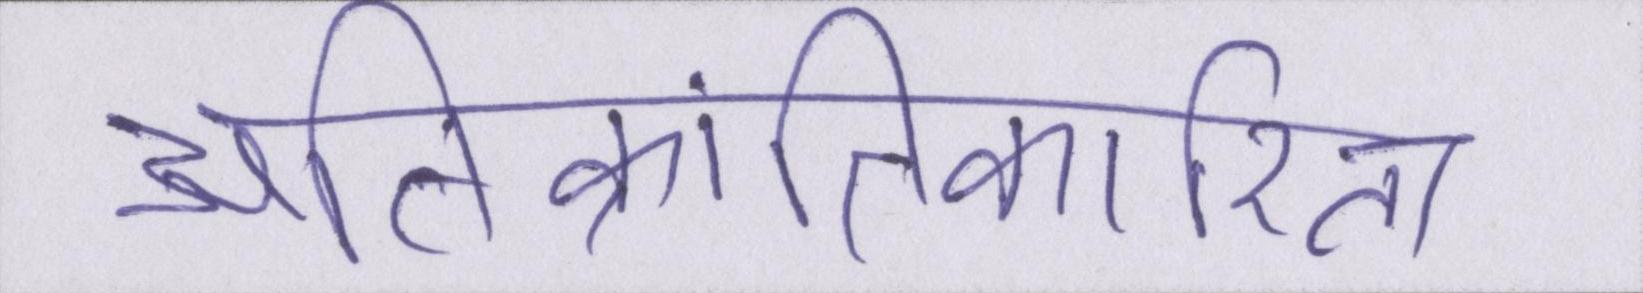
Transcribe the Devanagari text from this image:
अतिक्रांतिकारिता